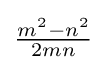
{\tfrac {m^{2}-n^{2}}{2mn}}